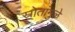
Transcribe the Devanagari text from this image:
स्रोतांमुळे